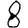
Digit: 8